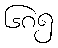
၆၈၅